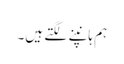
ہم ہانپنے لگتے ہیں۔